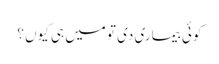
کوئی بیماری دی تو میں ہی کیوں ؟